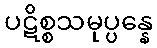
ပဋိစ္စသမုပ္ပန္နေ